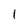
Character: 1